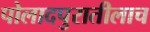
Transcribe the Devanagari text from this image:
पोलादपुरातीलाच